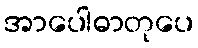
အာပေါဓာတုပေ